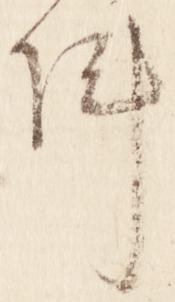
陣